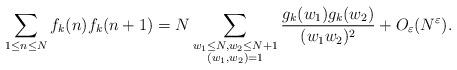
LaTeX: \begin{align*}\sum\limits_{1\leq n\leq N}f_k(n)f_k(n+1)=N\sum_{\substack{w_1\leq N,w_2\leq N+1\\(w_1,w_2)=1}}\frac{g_k(w_1)g_k(w_2)}{(w_1w_2)^2}+O_{\varepsilon}(N^{\varepsilon}).\end{align*}